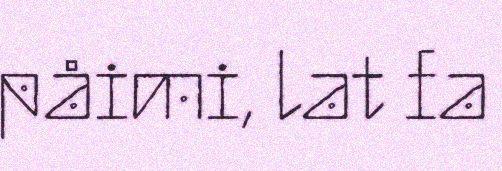
påimi, lat fa